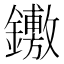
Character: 𨯋